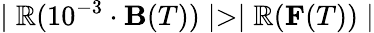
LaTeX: \mid\mathbb{R}(10^{-3}\cdot{\mathbf{B}}(T))\mid>\mid\mathbb{R}({\mathbf{F}}(T))\mid